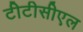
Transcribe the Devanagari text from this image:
टीटीसीएल